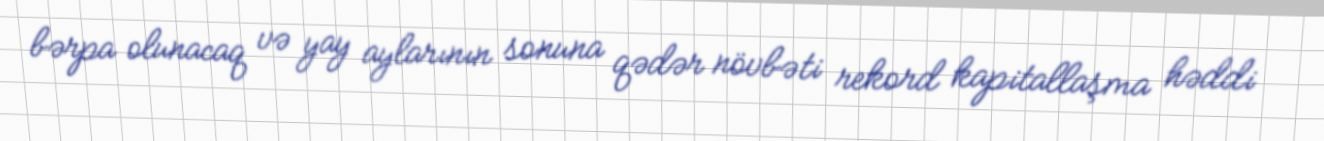
bərpa olunacaq və yay aylarının sonuna qədər növbəti rekord kapitallaşma həddi